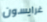
غرايسون